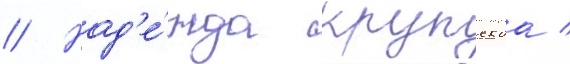
// Над'е́жда крупскаа /